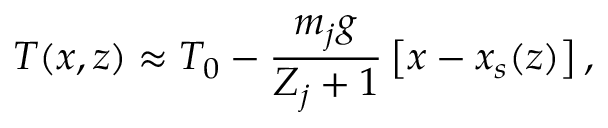
T ( x , z ) \approx T _ { 0 } - { \frac { m _ { j } g } { Z _ { j } + 1 } } \left[ x - x _ { s } ( z ) \right] ,